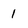
Character: I